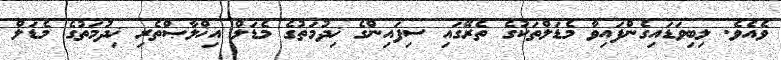
ވެއެވެ. ލިބިވަޑައިގެންފައިވާ މެޑަލްތަކުގެ ތެރޭގައި ސިފައިންގެ ޚިދުމަތުގެ މެޑަލް އިޚްލާޞްތެރި ޚިދުމަތުގެ މެޑަލް